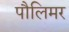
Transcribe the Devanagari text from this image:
पौलिमर